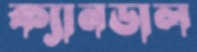
ক্যানডাল